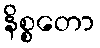
နိစ္စတော